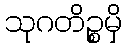
သုဂတိဉ္စမှိ